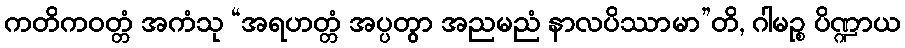
ကတိကဝတ္တံ အကံသု “အရဟတ္တံ အပ္ပတွာ အညမညံ နာလပိဿာမာ”တိ, ဂါမဉ္စ ပိဏ္ဍာယ